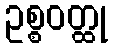
ဥစ္စဝတ္ထု